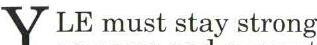
Y LE must stay strong